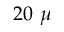
2 0 ~ \mu